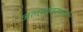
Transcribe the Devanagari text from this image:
जलव्यवस्थाही